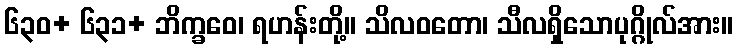
၆၃၀+ ၆၃၁+ ဘိက္ခဝေ၊ ရဟန်းတို့။ သိလဝတော၊ သီလရှိသောပုဂ္ဂိုလ်အား။